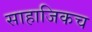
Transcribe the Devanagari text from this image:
साहाजिकच